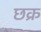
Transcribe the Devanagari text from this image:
छक्र